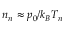
n _ { n } \approx p _ { 0 } / k _ { B } T _ { n }